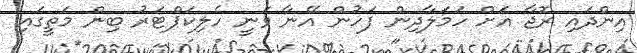
އިންދައި ރޮޖާ އަށް ހަމަލާދިން ފަހުން އޭނާ ވަނީ ހެލިކަޕްޓަރު ބިން މަތީގައި